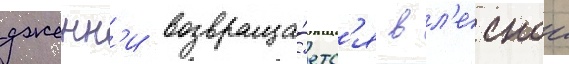
дженн'и возвраща́етс'я в л'еснои